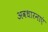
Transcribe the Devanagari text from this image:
अवधारनाएं